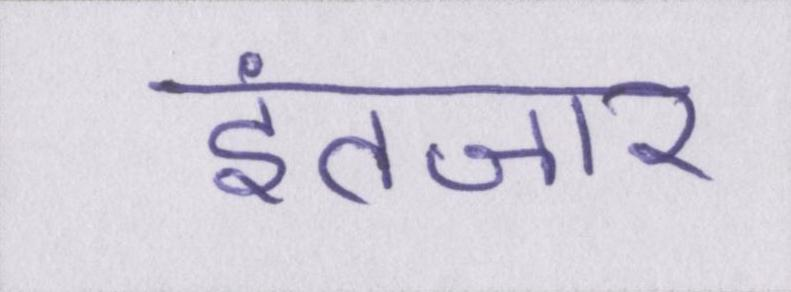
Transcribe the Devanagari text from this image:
इंतजार